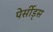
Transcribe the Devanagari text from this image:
पेर्सीड्स